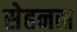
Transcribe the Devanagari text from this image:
सेहनस्र